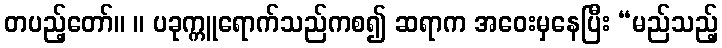
တပည့်တော်။ ။ ပခုက္ကူရောက်သည်ကစ၍ ဆရာက အဝေးမှနေပြီး “မည်သည့်